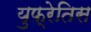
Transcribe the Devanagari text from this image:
युफ्रेतिस